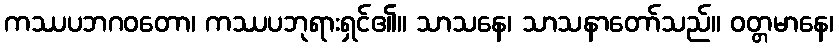
ကဿပဘဂဝတော၊ ကဿပဘုရားရှင်၏။ သာသနေ၊ သာသနာတော်သည်။ ဝတ္တမာနေ၊